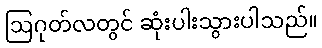
ဩဂုတ်လတွင် ဆုံးပါးသွားပါသည်။